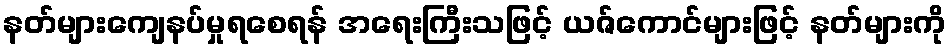
နတ်များကျေနပ်မှုရစေရန် အရေးကြီးသဖြင့် ယဇ်ကောင်များဖြင့် နတ်များကို